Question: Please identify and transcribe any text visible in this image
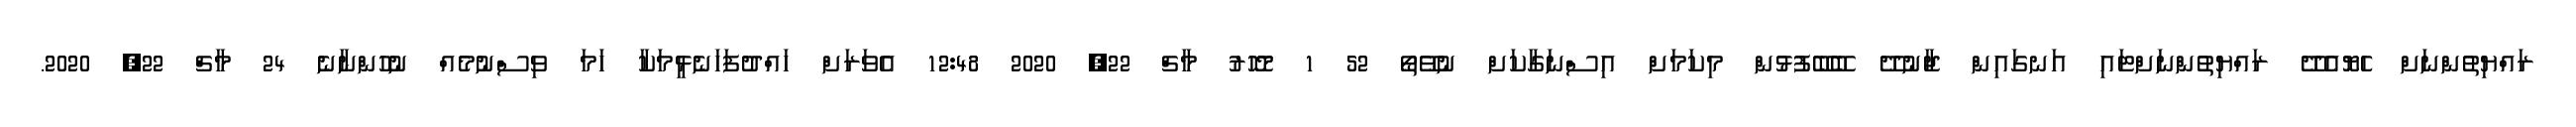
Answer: ރައްޔިތުންނަށް ހެޔޮއެދޭ ރައްޔިތުންނަށްޓައި އަނގައިން ޖާނުދޭ ބޭބޭފުޅުން މިކަމަށް އިސްނަގާކަށް ނުވޭތޯ 52 1 މޮހޮރު މާޗް 22, 2020 12:48 އެވަރަށް ހައްދުފަހަނެޅީމަކާ ހަމަ ވިސްނުމެއް ނުހުންނާނެ 24 މާޗް 22, 2020.